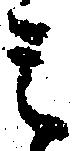
ミ